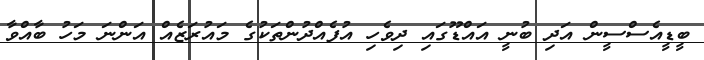
ބީޑީއެސްސީން އަދި ބުނީ އައްޑޫގައި ދިވެހި އުފެއްދުންތަކުގެ މައުރަޒެއް އަންނަ މަހު ބާއްވާ